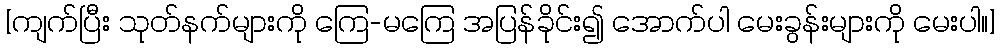
[ကျက်ပြီး သုတ်နက်များကို ကြေ-မကြေ အပြန်ခိုင်း၍ အောက်ပါ မေးခွန်းများကို မေးပါ။]